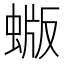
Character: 蝂